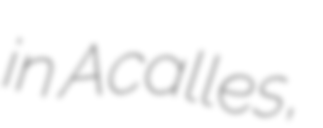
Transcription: in Acalles,